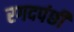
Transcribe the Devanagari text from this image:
रगदपंछी